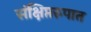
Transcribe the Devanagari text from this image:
संक्षिप्तरुपात